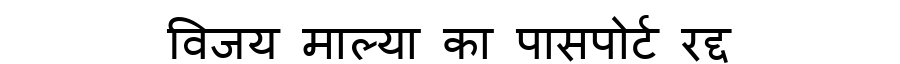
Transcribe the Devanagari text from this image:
विजय माल्या का पासपोर्ट रद्द